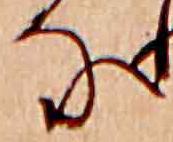
な